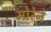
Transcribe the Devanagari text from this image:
मोरेने